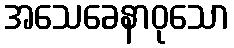
အသေခေနာဝုသော